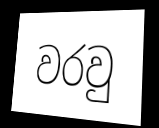
වරවු